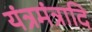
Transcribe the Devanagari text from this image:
यंत्रमंत्रादि